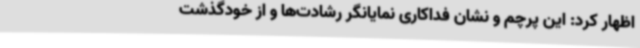
اظهار کرد: این پرچم و نشان فداکاری نمایانگر رشادت‌ها و از خودگذشت